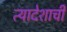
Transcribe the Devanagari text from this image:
त्यादेशाची